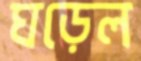
ঘড়েল